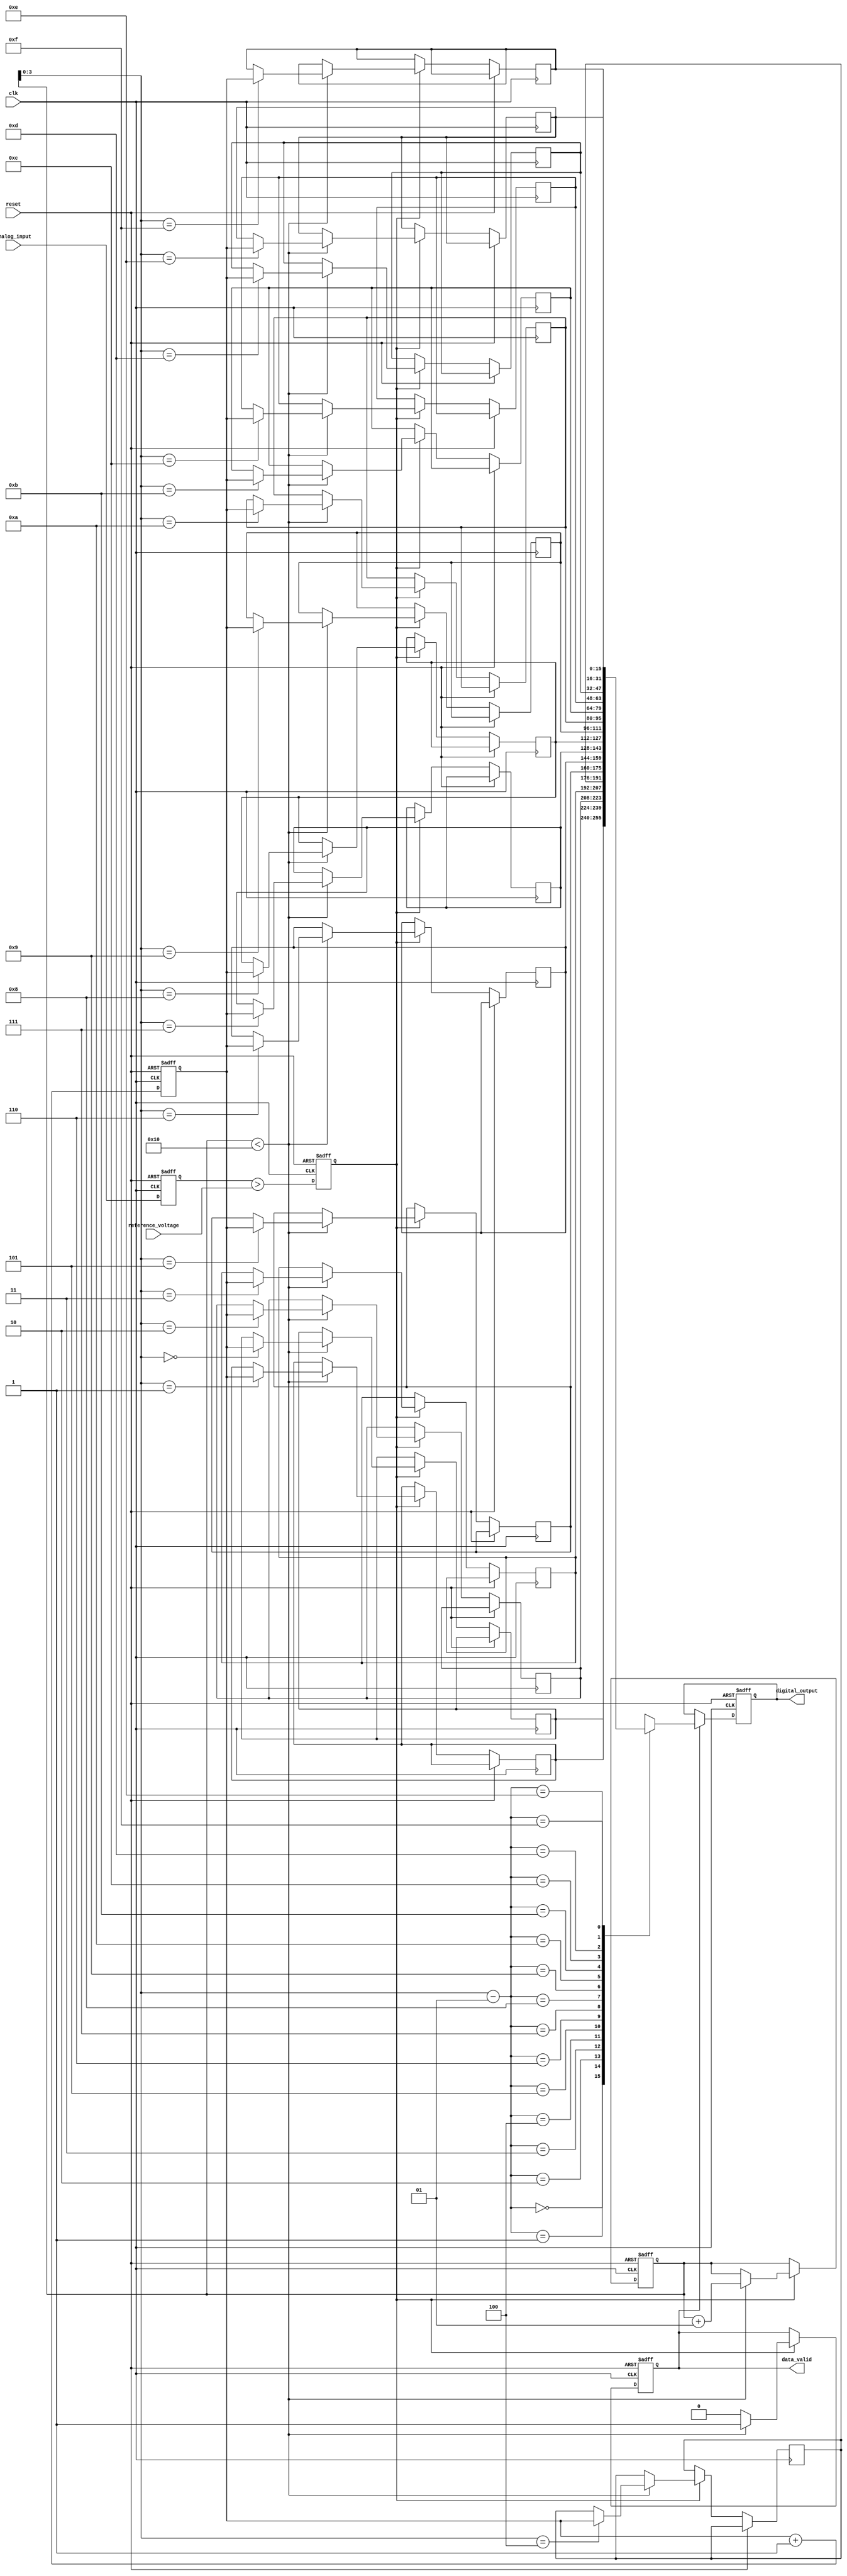
module TDC (
    input wire clk,                // System clock
    input wire reset,              // Reset signal
    input wire analog_input,        // Analog input signal
    input wire reference_voltage,   // Reference voltage for comparator
    output reg [15:0] digital_output, // Digital output for time intervals
    output reg data_valid          // Data valid signal
);

    // Parameters
    parameter MEMORY_SIZE = 16;    // Size of memory blocks
    parameter COUNTER_WIDTH = 16;   // Width of the digital counter

    // Internal signals
    reg [COUNTER_WIDTH-1:0] counter; // Digital counter
    reg [COUNTER_WIDTH-1:0] memory [0:MEMORY_SIZE-1]; // Memory blocks
    reg sample_hold;                 // Sample and hold signal
    reg comparator_output;           // Output of the analog comparator
    integer memory_index;            // Index for memory storage

    // Sample and Hold Circuit
    always @(posedge clk or posedge reset) begin
        if (reset) begin
            sample_hold <= 0;
        end else begin
            sample_hold <= analog_input; // Capture the analog input
        end
    end

    // Analog Comparator
    always @(posedge clk or posedge reset) begin
        if (reset) begin
            comparator_output <= 0;
        end else begin
            comparator_output <= (sample_hold > reference_voltage); // Compare with reference
        end
    end

    // Digital Counter and Time Measurement Logic
    always @(posedge clk or posedge reset) begin
        if (reset) begin
            counter <= 0;
            memory_index <= 0;
            data_valid <= 0;
        end else begin
            if (comparator_output) begin
                // Capture the counter value when the signal crosses the reference
                if (memory_index < MEMORY_SIZE) begin
                    memory[memory_index] <= counter; // Store the timestamp
                    memory_index <= memory_index + 1;
                    data_valid <= 1; // Indicate that data is valid
                end else begin
                    data_valid <= 0; // No more space in memory
                end
            end
            counter <= counter + 1; // Increment the counter
        end
    end

    // Output the last captured digital value
    always @(posedge clk or posedge reset) begin
        if (reset) begin
            digital_output <= 0;
        end else if (data_valid) begin
            digital_output <= memory[memory_index - 1]; // Output the last valid timestamp
        end
    end

endmodule